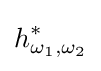
h_{\omega _{1},\omega _{2}}^{*}